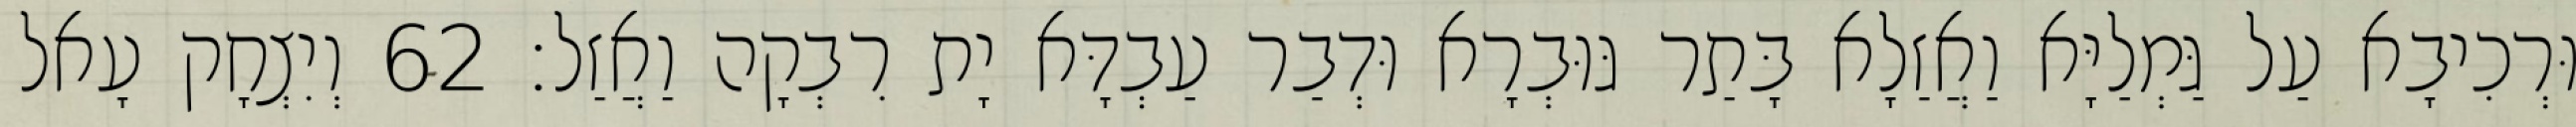
וּרְכִיבָא עַל גַּמְלַיָּא וַאֲזַלָא בָּתַר גּוּבְרָא וּדְבַר עַבְדָּא יָת רִבְקָה וַאֲזַל׃ 62 וְיִצְחָק עָאל